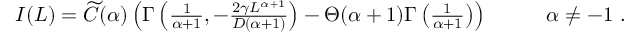
\begin{array} { r l } { I ( L ) = \widetilde { C } ( \alpha ) \left( \Gamma \left( \frac { 1 } { \alpha + 1 } , - \frac { 2 \gamma L ^ { \alpha + 1 } } { D ( \alpha + 1 ) } \right) - \Theta ( \alpha + 1 ) \Gamma \left( \frac { 1 } { \alpha + 1 } \right) \right) } & { { } \qquad \alpha \neq - 1 \ . } \end{array}